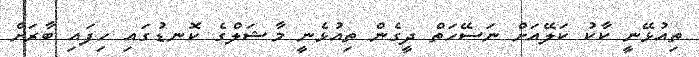
ތިއުޅޭނީ ކާކު ކަލޭއަށް ނަސޭހަތް ދީގެން ތިއުޅެނީ މާޝަލްގެ ކޮނޑުގައި ހިފައި ބާރަށް